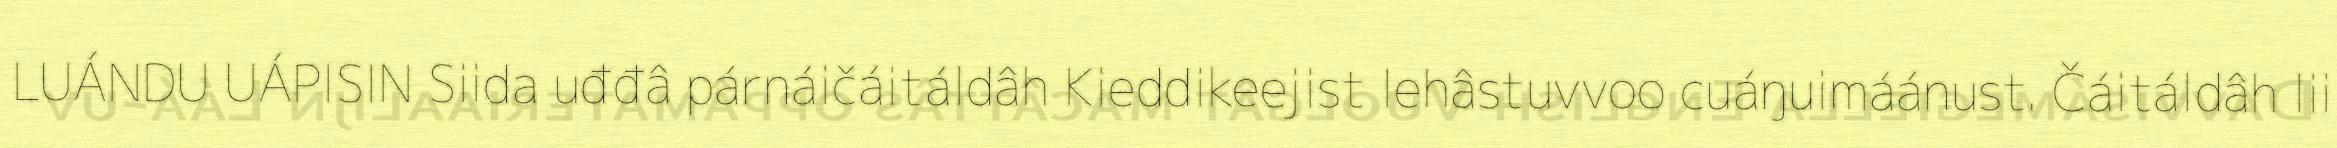
LUÁNDU UÁPISIN Siida uđđâ párnáičáitáldâh Kieddikeejist lehâstuvvoo cuáŋuimáánust. Čáitáldâh lii